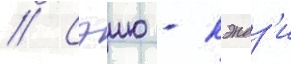
// Сэию - кэндз'и